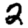
Digit: 2